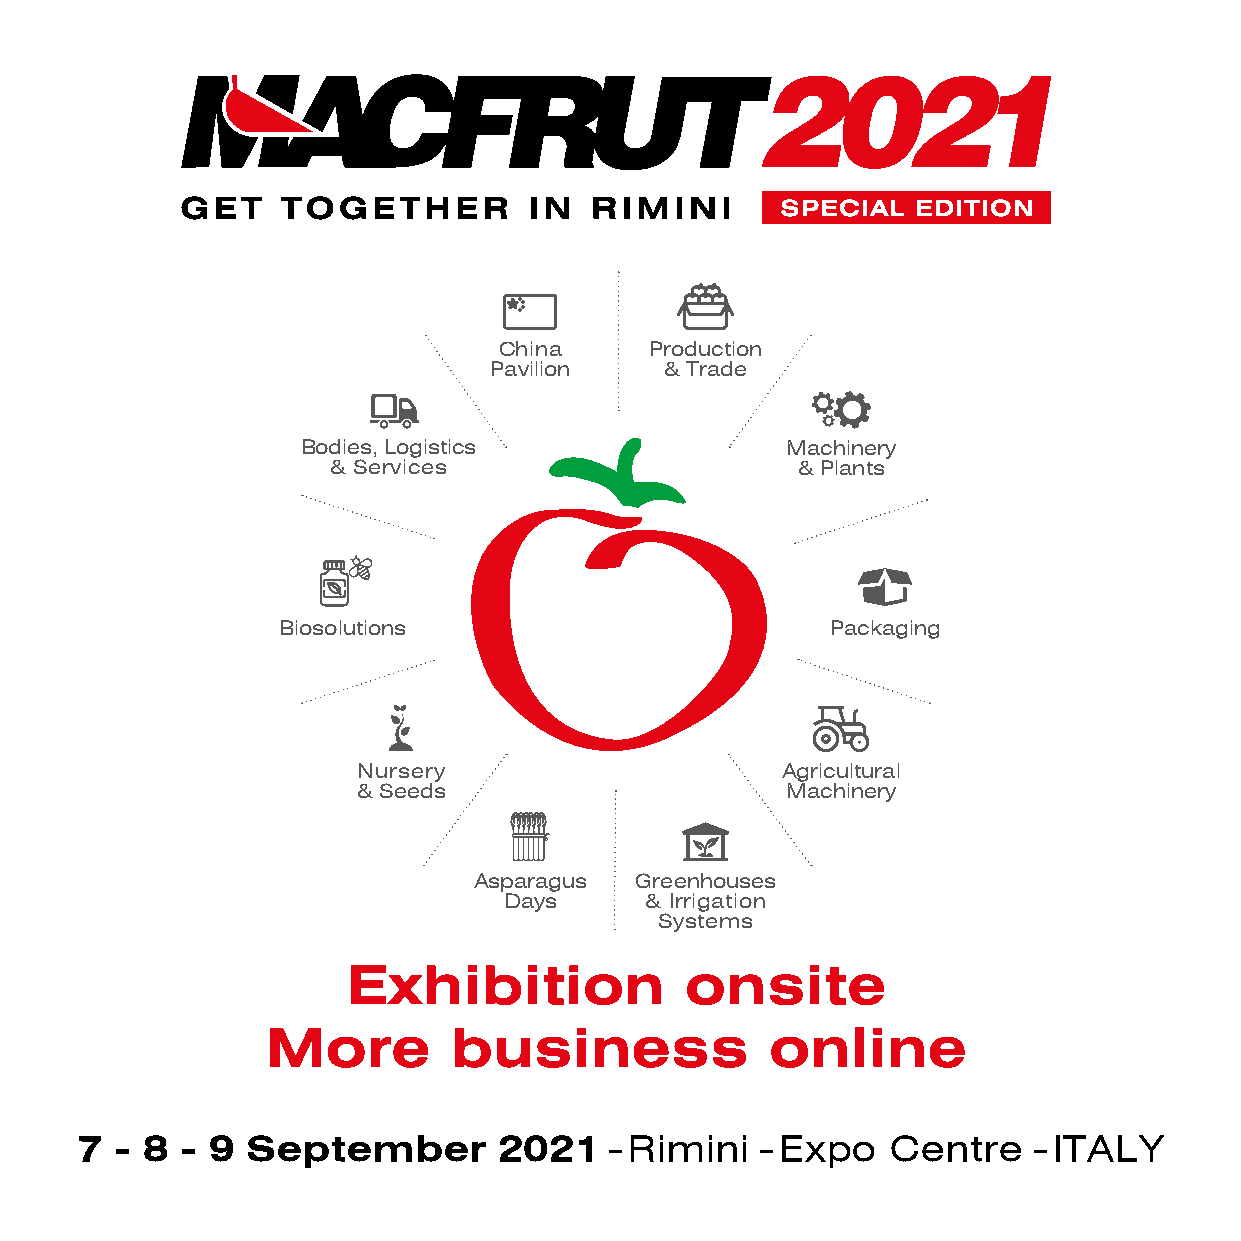
China     Production
 Pavilion    & Trade
 Bodies, Logistics               Machinery
 & Services                     & Plants
 Biosolutions                         Packaging
 Nursery                     Agricultural
 & Seeds                     Machinery
 Asparagus  Greenhouses
 Days      & Irrigation
 Systems
 Exhibition            onsite
 More        business             online
 7  - 8 - 9 September        2021   - Rimini  - Expo   Centre   - ITALY